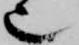
也